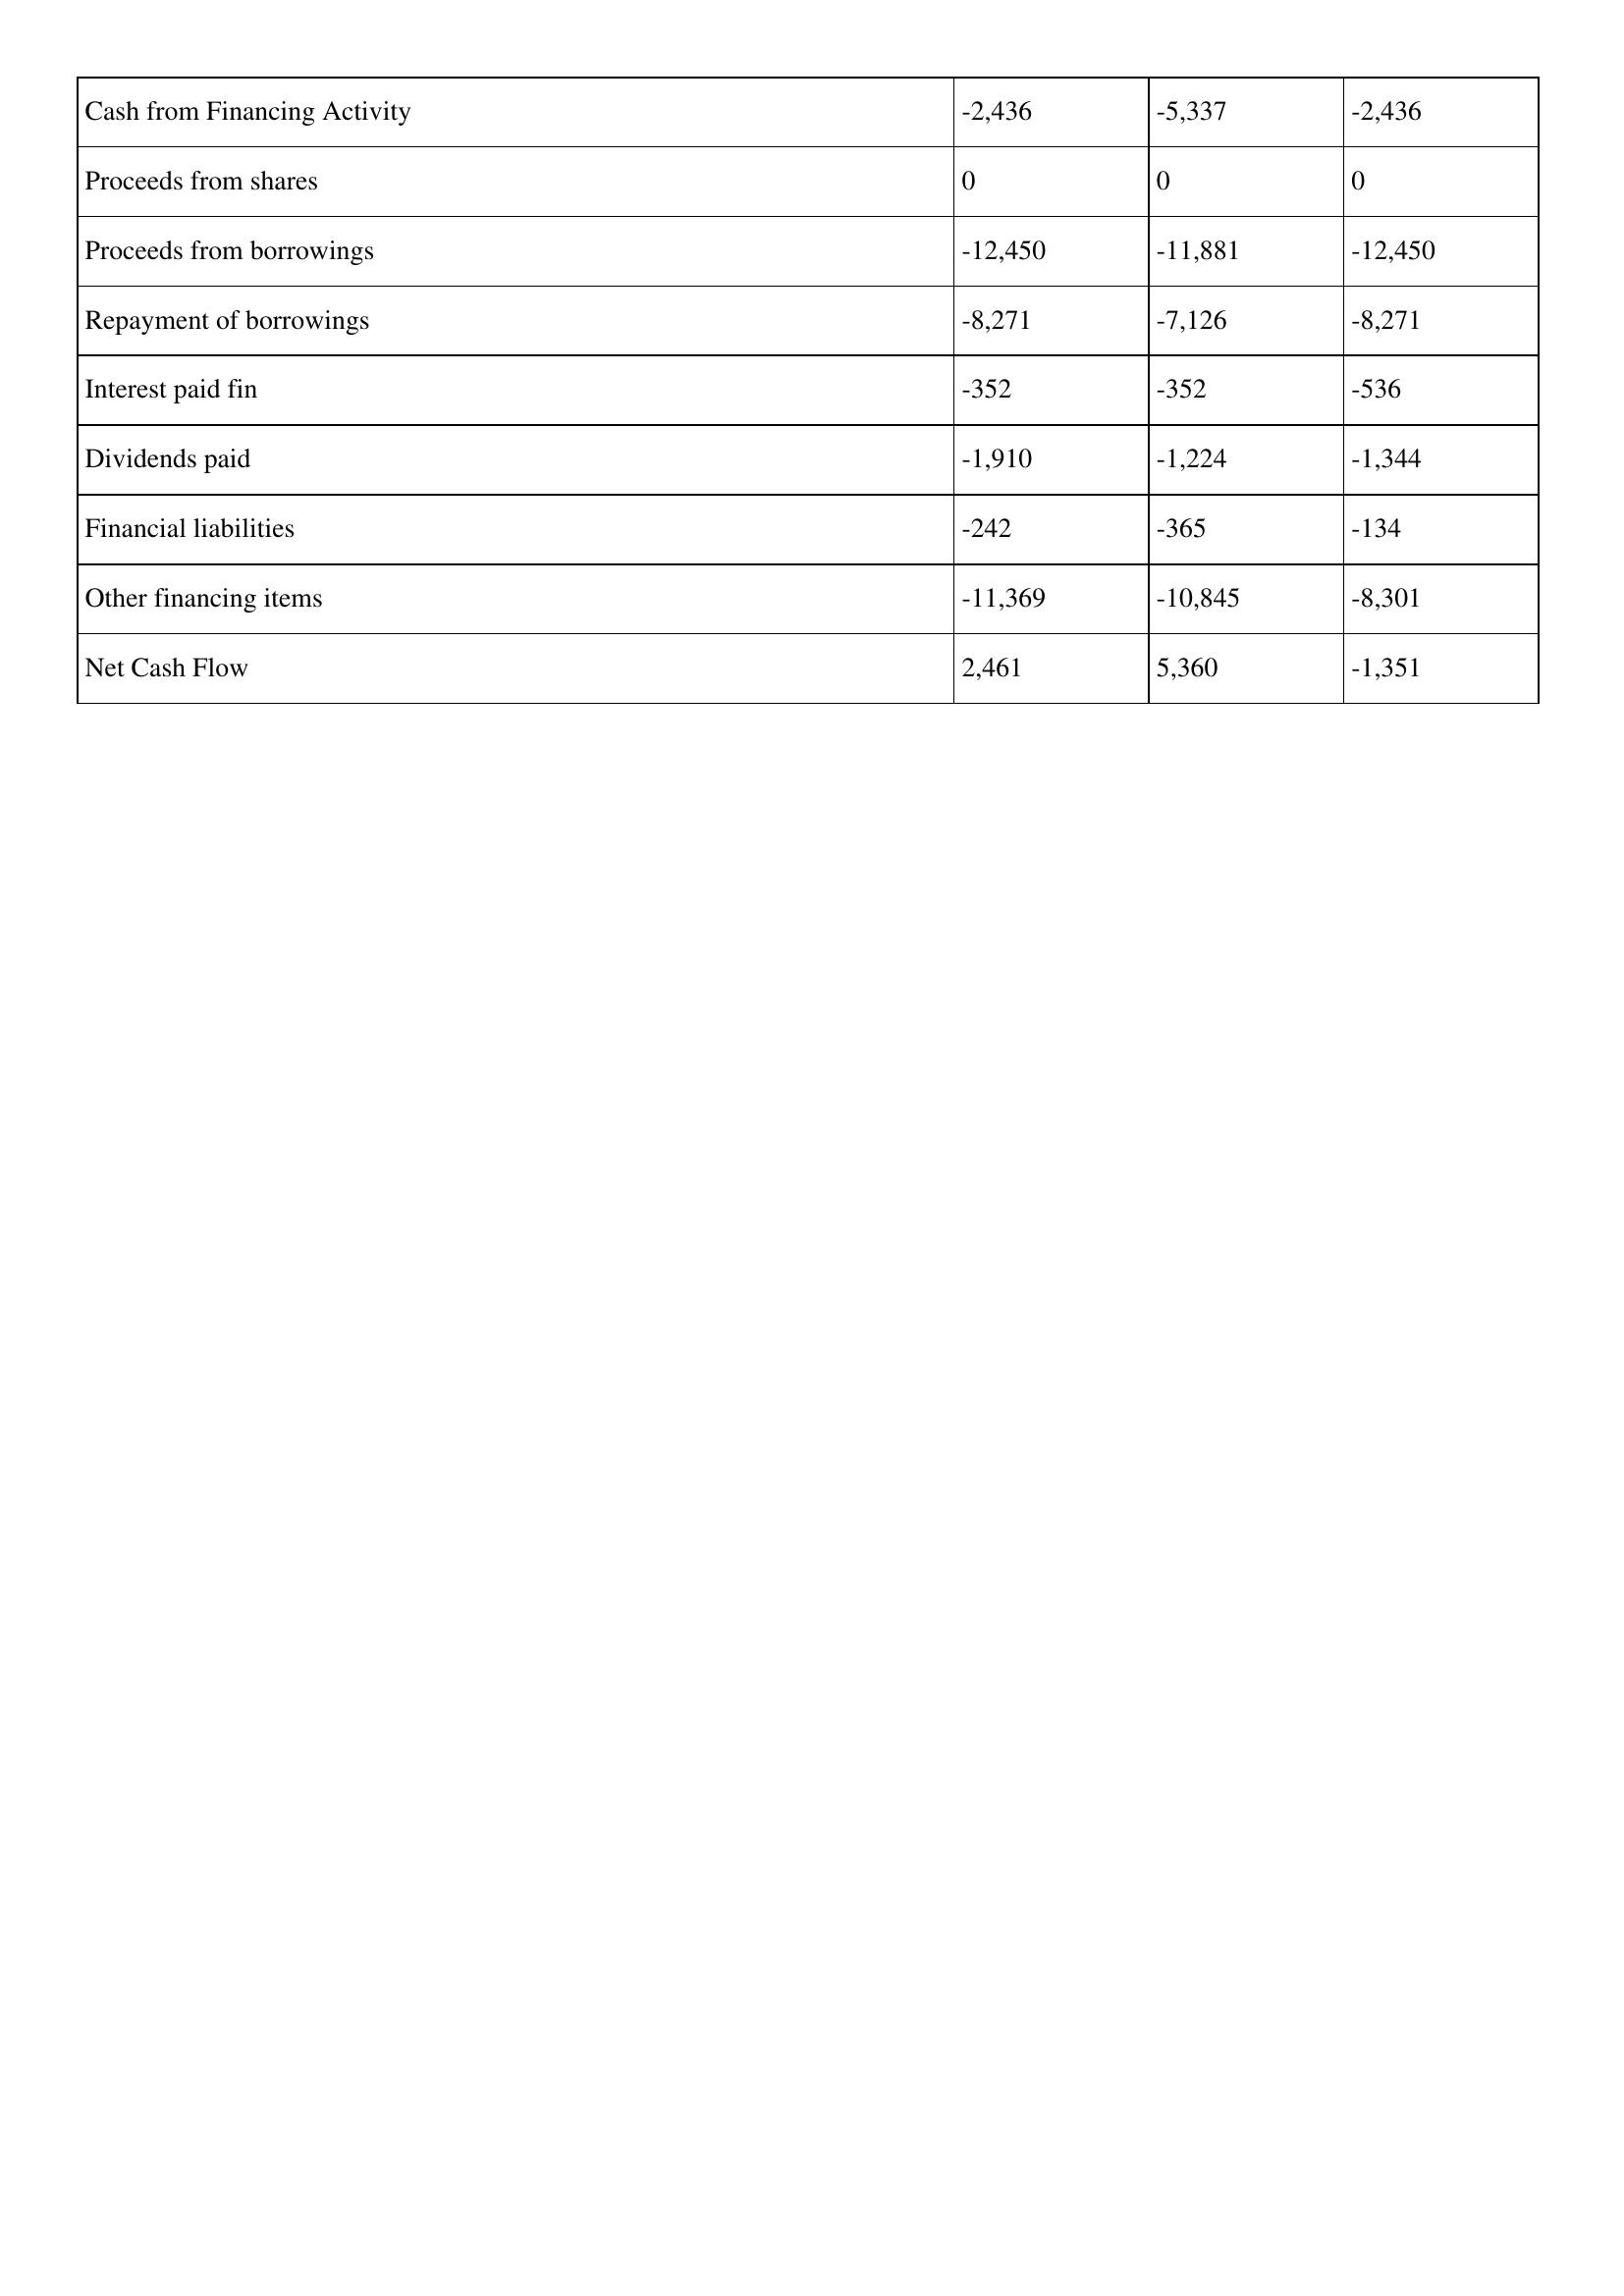
gt_parse: 2008: Cash Flows: Cash from Financing Activity: -2,436
Proceeds from shares: 0
Proceeds from borrowings: -12,450
Repayment of borrowings: -8,271
Interest paid fin: -352
Dividends paid: -1,910
Financial liabilities: -242
Other financing items: -11,369
Net Cash Flow: 2,461
2007: Cash Flows: Cash from Financing Activity: -5,337
Proceeds from shares: 0
Proceeds from borrowings: -11,881
Repayment of borrowings: -7,126
Interest paid fin: -352
Dividends paid: -1,224
Financial liabilities: -365
Other financing items: -10,845
Net Cash Flow: 5,360
2006: Cash Flows: Cash from Financing Activity: -2,436
Proceeds from shares: 0
Proceeds from borrowings: -12,450
Repayment of borrowings: -8,271
Interest paid fin: -536
Dividends paid: -1,344
Financial liabilities: -134
Other financing items: -8,301
Net Cash Flow: -1,351